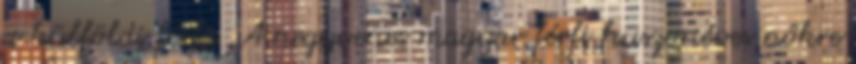
a külföldi férfi. „A negyvenes magyar férfi huszonéves nőkre